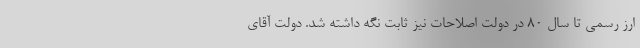
ارز رسمی تا سال ۸۰ در دولت اصلاحات نیز ثابت نگه داشته شد. دولت آقای